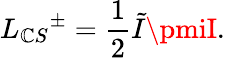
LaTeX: L_{\mathbb{C}S}{^{\pm}}={\frac{{1}}{{2}}}\tilde{{I}}\pmiI.